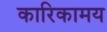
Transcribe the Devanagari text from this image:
कारिकामय